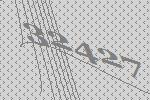
32427